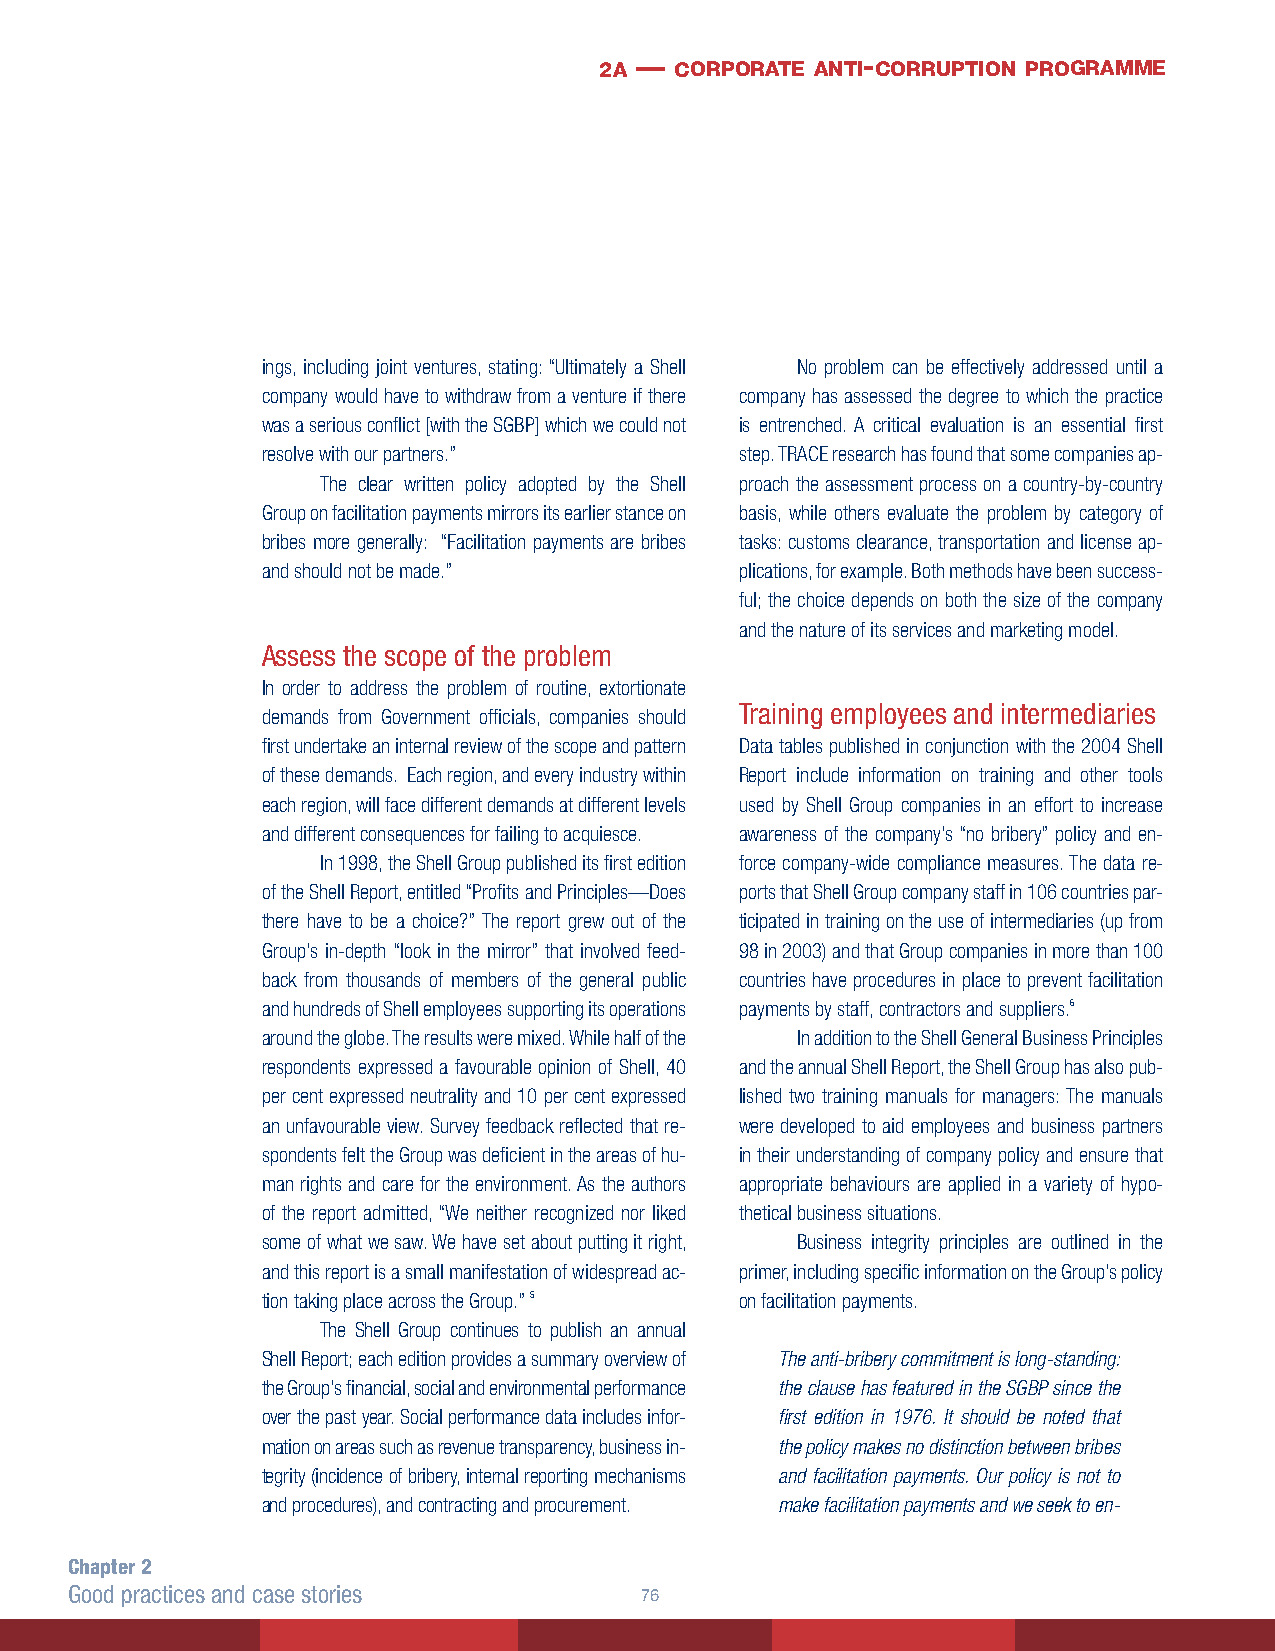
2a — corporate anti- corruption programme
 ings, including joint ventures, stating: “Ultimately a Shell No problem can be effectively addressed until a
 company would have to withdraw from a venture if there company has assessed the degree to which the practice
 was a serious conflict [with the SGBP] which we could not is entrenched. A critical evaluation is an essential first
 resolve with our partners.”     step. TRACE research has found that some companies ap-
 The clear written policy adopted by the Shell proach the assessment process on a country-by-country
 Group on facilitation payments mirrors its earlier stance on basis, while others evaluate the problem by category of
 bribes more generally: “Facilitation payments are bribes tasks: customs clearance, transportation and license ap-
 and should not be made.”        plications, for example. Both methods have been success-
 ful; the choice depends on both the size of the company
 and the nature of its services and marketing model.
 Assess the scope of the problem
 In order to address the problem of routine, extortionate
 Training employees and intermediaries
 demands from Government officials, companies should
 first undertake an internal review of the scope and pattern Data tables published in conjunction with the 2004 Shell
 of these demands. Each region, and every industry within Report include information on training and other tools
 each region, will face different demands at different levels used by Shell Group companies in an effort to increase
 and different consequences for failing to acquiesce. awareness of the company’s “no bribery” policy and en-
 In 1998, the Shell Group published its first edition force company-wide compliance measures. The data re-
 of the Shell Report, entitled “Profits and Principles—Does ports that Shell Group company staff in 106 countries par-
 there have to be a choice?” The report grew out of the ticipated in training on the use of intermediaries (up from
 Group’s in-depth “look in the mirror” that involved feed- 98 in 2003) and that Group companies in more than 100
 back from thousands of members of the general public countries have procedures in place to prevent facilitation
 and hundreds of Shell employees supporting its operations payments by staff, contractors and suppliers.6
 around the globe. The results were mixed. While half of the In addition to the Shell General Business Principles
 respondents expressed a favourable opinion of Shell, 40 and the annual Shell Report, the Shell Group has also pub-
 per cent expressed neutrality and 10 per cent expressed lished two training manuals for managers: The manuals
 an unfavourable view. Survey feedback reflected that re- were developed to aid employees and business partners
 spondents felt the Group was deficient in the areas of hu- in their understanding of company policy and ensure that
 man rights and care for the environment. As the authors appropriate behaviours are applied in a variety of hypo-
 of the report admitted, “We neither recognized nor liked thetical business situations.
 some of what we saw. We have set about putting it right, Business integrity principles are outlined in the
 and this report is a small manifestation of widespread ac- primer, including specific information on the Group’s policy
 tion taking place across the Group.” 5 on facilitation payments.
 The Shell Group continues to publish an annual
 Shell Report; each edition provides a summary overview of The anti-bribery commitment is long-standing:
 the Group’s financial, social and environmental performance the clause has featured in the SGBP since the
 over the past year. Social performance data includes infor- first edition in 1976. It should be noted that
 mation on areas such as revenue transparency, business in- the policy makes no distinction between bribes
 tegrity (incidence of bribery, internal reporting mechanisms and facilitation payments. Our policy is not to
 and procedures), and contracting and procurement. make facilitation payments and we seek to en-
 Chapter 2
 Good practices and case stories      6